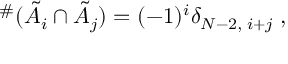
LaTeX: { } ^ { \# } ( \tilde { A } _ { i } \cap \tilde { A } _ { j } ) = ( - 1 ) ^ { i } \delta _ { N - 2 , \; i + j } \; ,